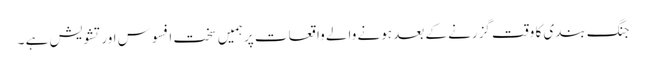
جنگ بندی کا وقت گزرنے کے بعد ہونے والے واقعات پر ہمیں سخت افسوس اور تشویش ہے ۔